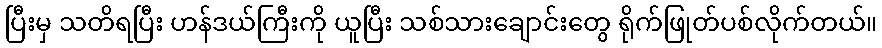
ပြီးမှ သတိရပြီး ဟန်ဒယ်ကြီးကို ယူပြီး သစ်သားချောင်းတွေ ရိုက်ဖြုတ်ပစ်လိုက်တယ်။